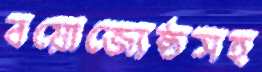
বয়োজ্যেষ্ঠসহ